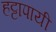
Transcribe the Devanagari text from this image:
हट्टापायी